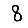
Digit: 8